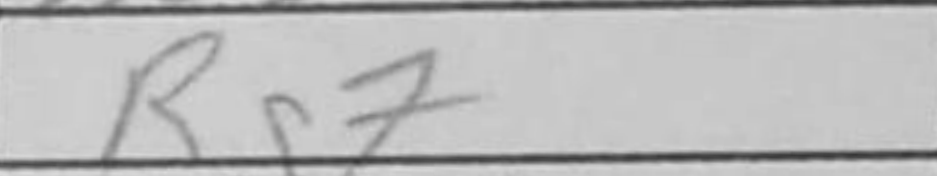
Transcription: Rg7